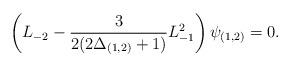
LaTeX: \begin{align*}\left(L_{-2} - \frac{3}{2(2\Delta_{(1,2)} +1)} L_{-1}^{2}\right) \psi_{(1,2)} = 0.\end{align*}